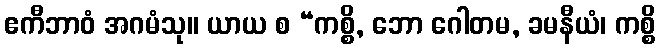
ဧကီဘာဝံ အဂမံသု။ ယာယ စ “ကစ္စိ, ဘော ဂေါတမ, ခမနီယံ၊ ကစ္စိ